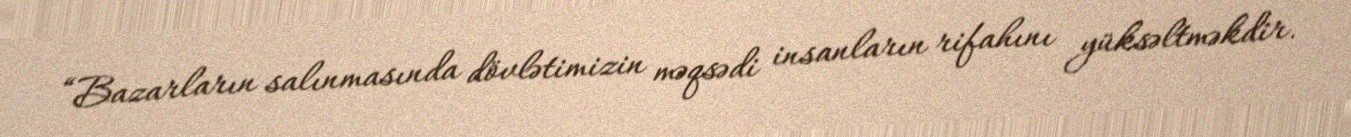
“Bazarların salınmasında dövlətimizin məqsədi insanların rifahını yüksəltməkdir.